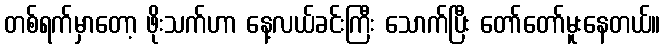
တစ်ရက်မှာတော့ ဖိုးသက်ဟာ နေ့လယ်ခင်းကြီး သောက်ပြီး တော်တော်မူးနေတယ်။